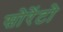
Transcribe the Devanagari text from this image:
सोरेंटो